Plague in India, 1896, 1897 - Volume 1
Year: 1896
Disease focus: Plague
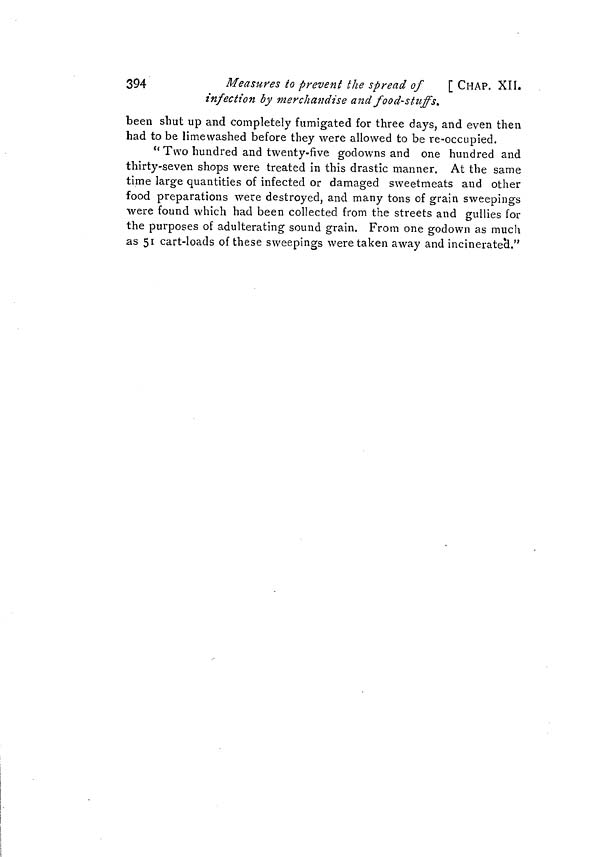
394
Measures to prevent the spread of
[ CHAP. XII.
infection by merchandise and food-stuffs.
been shut up and completely fumigated for three days, and even then
had to be limewashed before they were allowed to be re-occupied.
"Two hundred and twenty-five godowns and one hundred and
thirty-seven shops were treated in this drastic manner. At the same
time large quantities of infected or damaged sweetmeats and other
food preparations were destroyed, and many tons of grain sweepings
were found which had been collected from the streets and gullies for
the purposes of adulterating sound grain. From one godown as much
as 51 cart-loads of these sweepings were taken away and incinerate'd."